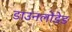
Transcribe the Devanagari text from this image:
डाउनलोडेड